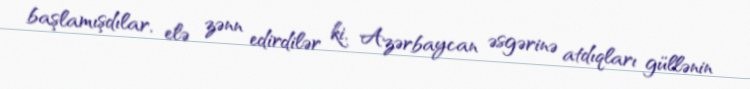
başlamışdılar, elə zənn edirdilər ki, Azərbaycan əsgərinə atdıqları güllənin